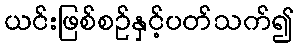
ယင်းဖြစ်စဉ်နှင့်ပတ်သက်၍